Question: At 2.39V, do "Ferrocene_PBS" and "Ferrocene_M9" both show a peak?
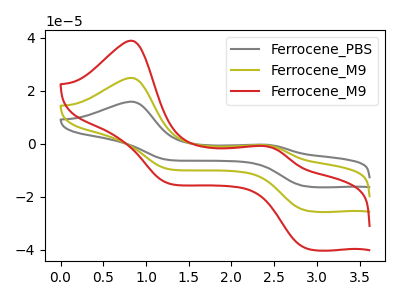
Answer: <think>The gray curve "Ferrocene_PBS" has anodic peaks at (0.80V, 49.70uA) (2.40V, -1.15uA) and cathodic peaks at (2.90V, -50.45uA) (1.25V, -19.10uA). The olive curve "Ferrocene_M9" has anodic peaks at (0.80V, 24.85uA) (2.40V, -0.55uA) and cathodic peaks at (2.90V, -25.25uA) (1.25V, -9.55uA). The red curve "Ferrocene_M9" has anodic peaks at (0.80V, 38.90uA) (2.40V, -0.90uA) and cathodic peaks at (2.90V, -39.50uA) (1.25V, -14.95uA).</think>
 <answer>Yes, "Ferrocene_PBS" and "Ferrocene_M9" share a peak at 2.39V.</answer>
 <eval>match</eval>